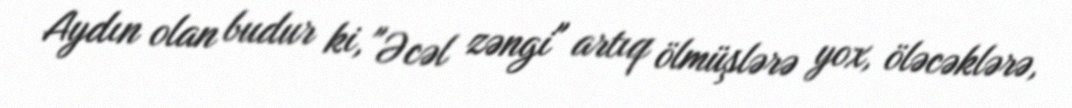
Aydın olan budur ki, "Əcəl zəngi" artıq ölmüşlərə yox, öləcəklərə,